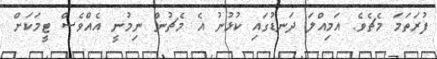
ފުރަތަމަ މެޗެވެ. އަމިއްލަ ދަނޑުގައި ކުޅުނު އެ މެޗުން ނިމުނީ އެއްވެސް ޓީމަކަށް